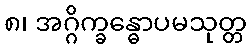
၈၊ အဂ္ဂိက္ခန္ဓောပမသုတ္တ